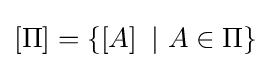
\left[\Pi \right]=\left\{\left[A\right]\ |\ A\in \Pi \right\}